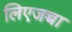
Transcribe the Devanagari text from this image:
लिएजच्चा